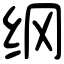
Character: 纲